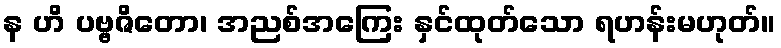
န ဟိ ပဗ္ဗဇိတော၊ အညစ်အကြေး နှင်ထုတ်သော ရဟန်းမဟုတ်။